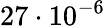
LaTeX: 27\cdot 10^{-6}